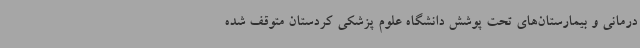
درمانی و بیمارستان‌های تحت پوشش دانشگاه علوم پزشکی کردستان متوقف شده